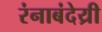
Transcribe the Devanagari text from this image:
रंनाबंदेय्री